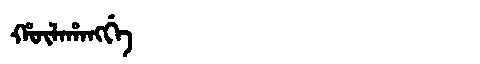
Manchu: ᡥᡡᠯᠠᡥᠠᠩᡤᡝ
Romanization: HŪLAHANGGE